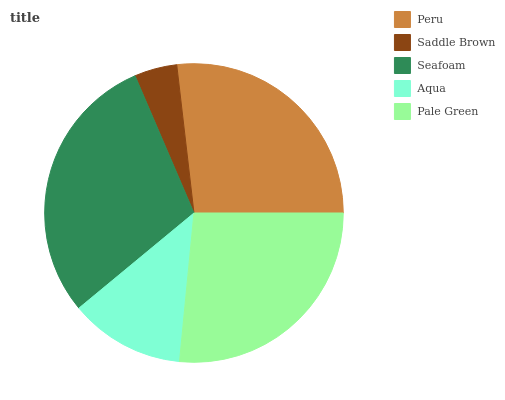
| Peru | Saddle Brown | Seafoam | Aqua | Pale Green |
 | --- | --- | --- | --- | --- |
 | 26.9% | 4.61% | 29.6% | 12.4% | 26.5% |